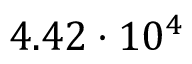
4 . 4 2 \cdot 1 0 ^ { 4 }